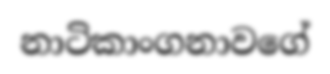
නාටිකාංගනාවගේ